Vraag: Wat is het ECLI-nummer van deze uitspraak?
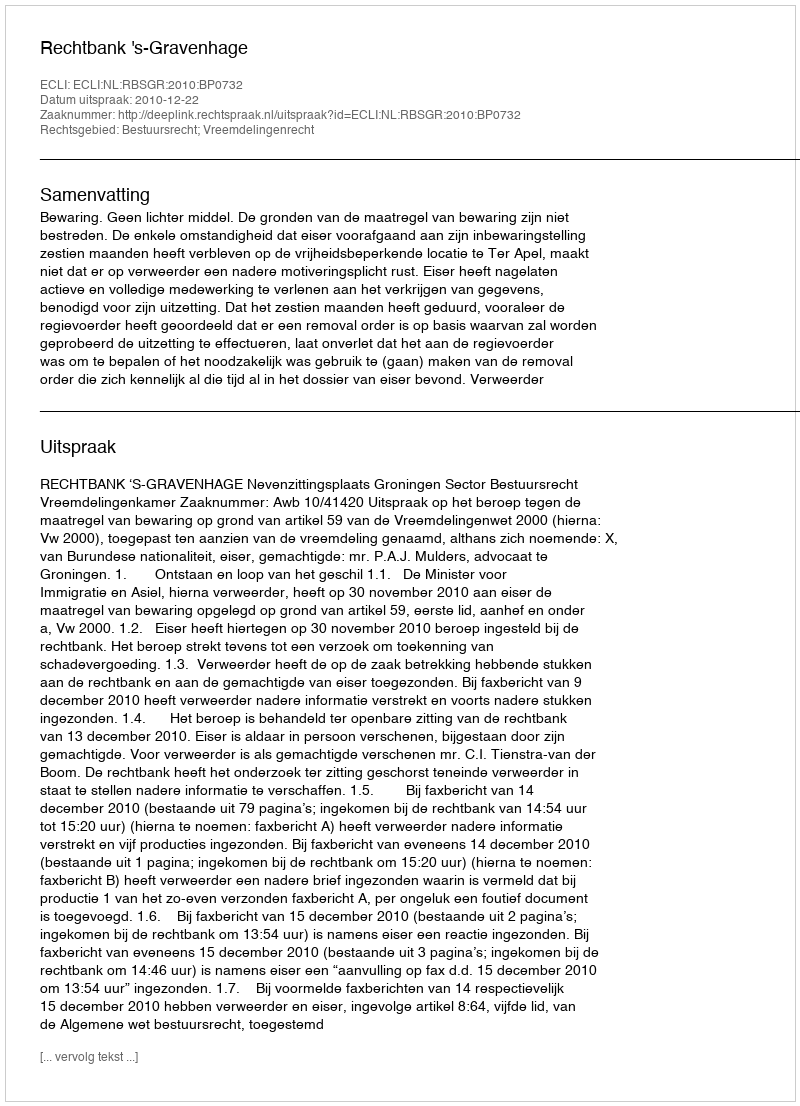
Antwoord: ECLI:NL:RBSGR:2010:BP0732